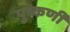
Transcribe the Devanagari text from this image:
पुष्कर्णी